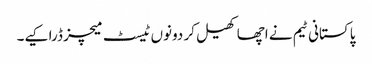
پاکستانی ٹیم نے اچھا کھیل کر دونوں ٹیسٹ میچز ڈرا کیے۔